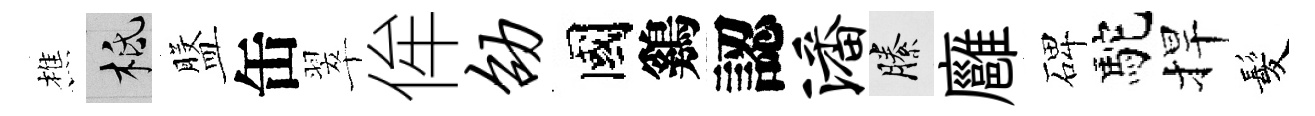
樵柢盤缶翠侔劭國鷄認潘縢廱碑駝捍髪